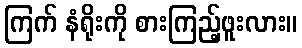
ကြက် နံရိုးကို စားကြည့်ဖူးလား။